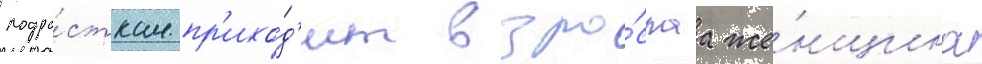
подро́сткам пр'ихо́д'ит взро́слаа же́нщина